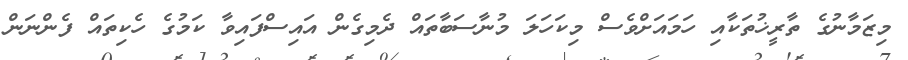
މިޒަމާނުގެ ތާރީޚުތަކާއި ހަމައަށްވެސް މިކަހަލަ މުނާސަބާތައް ދެމިގެން އައިސްފައިވާ ކަމުގެ ހެކިތައް ފެންނަން